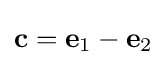
\mathbf {c} =\mathbf {e} _{1}-\mathbf {e} _{2}